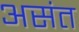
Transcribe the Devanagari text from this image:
असंत